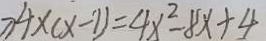
\uparrow 4 \times ( x - 1 ) = 4 x ^ { 2 } - 8 x + 4